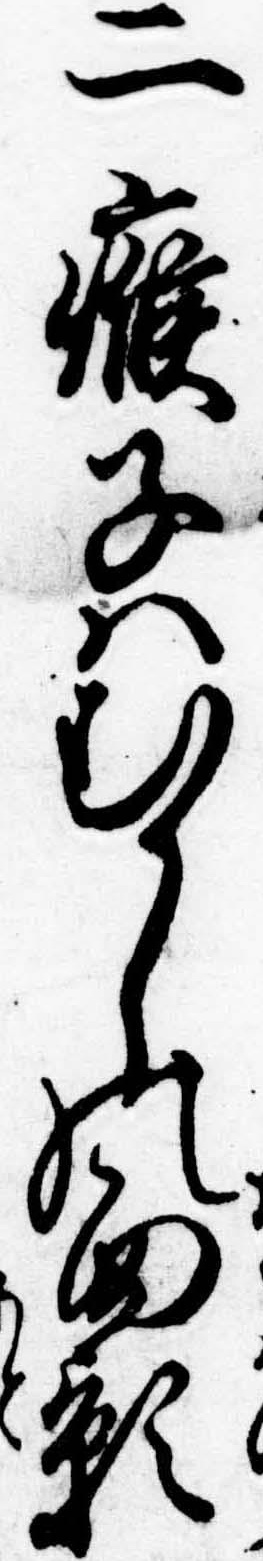
二𤸰子はむかしの面影